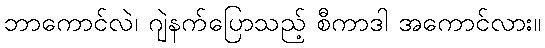
ဘာကောင်လဲ၊ ဂျဲနက်ပြောသည့် စီကာဒါ အကောင်လား။